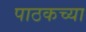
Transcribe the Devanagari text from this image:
पाठकच्या